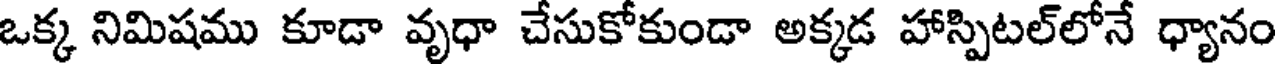
ఒక్క నిమిషము కూడా వృధా చేసుకోకుండా అక్కడ హాస్పిటల్లోనే ధ్యానం